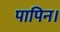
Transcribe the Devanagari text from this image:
पापिन।